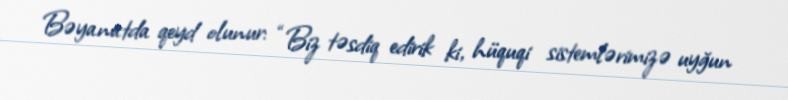
Bəyanatda qeyd olunur: “Biz təsdiq edirik ki, hüquqi sistemlərimizə uyğun